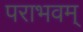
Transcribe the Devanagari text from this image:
पराभवम्‌